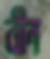
বীন